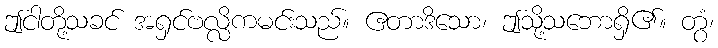
ဤငါတို့သခင် အရှင်ဗလ္လိကမင်းသည်။ ဧတာဒိသော၊ ဤသို့သဘောရှိ၏။ တွံ၊